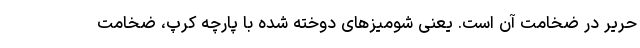
حریر در ضخامت آن است. یعنی شومیزهای دوخته شده با پارچه کرپ، ضخامت